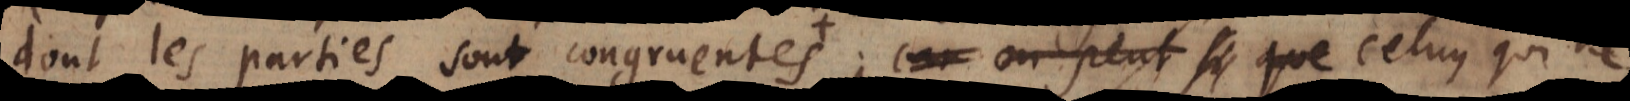
dont les parties sont congruentes; car on peut dire